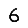
Digit: 6